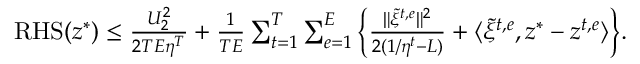
\begin{array} { r } { \mathrm { R H S } ( z ^ { * } ) \leq \frac { U _ { 2 } ^ { 2 } } { 2 T E \eta ^ { T } } + \frac { 1 } { T E } \sum _ { t = 1 } ^ { T } \sum _ { e = 1 } ^ { E } \Big \{ \frac { \| \tilde { \xi } ^ { t , e } \| ^ { 2 } } { 2 ( 1 / \eta ^ { t } - L ) } + \langle \tilde { \xi } ^ { t , e } , z ^ { * } - z ^ { t , e } \rangle \Big \} . } \end{array}